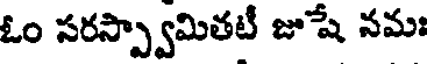
ఓం సరస్ప్వామితటీ జుషే నమః